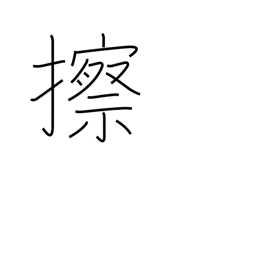
Meaning: grate